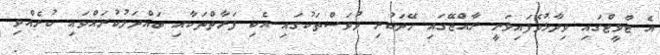
އެ ޓްވީޓްގައި ވިދާޅުވެފައިވަނީ ރާއްޖޭގައި ހޭދަކުރި ދުވަސްތަކުގައި އެކި ފަރާތްތަކާއި ބައްދަލުކުރައްވައި ކުރެއްވި